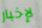
لإخبار